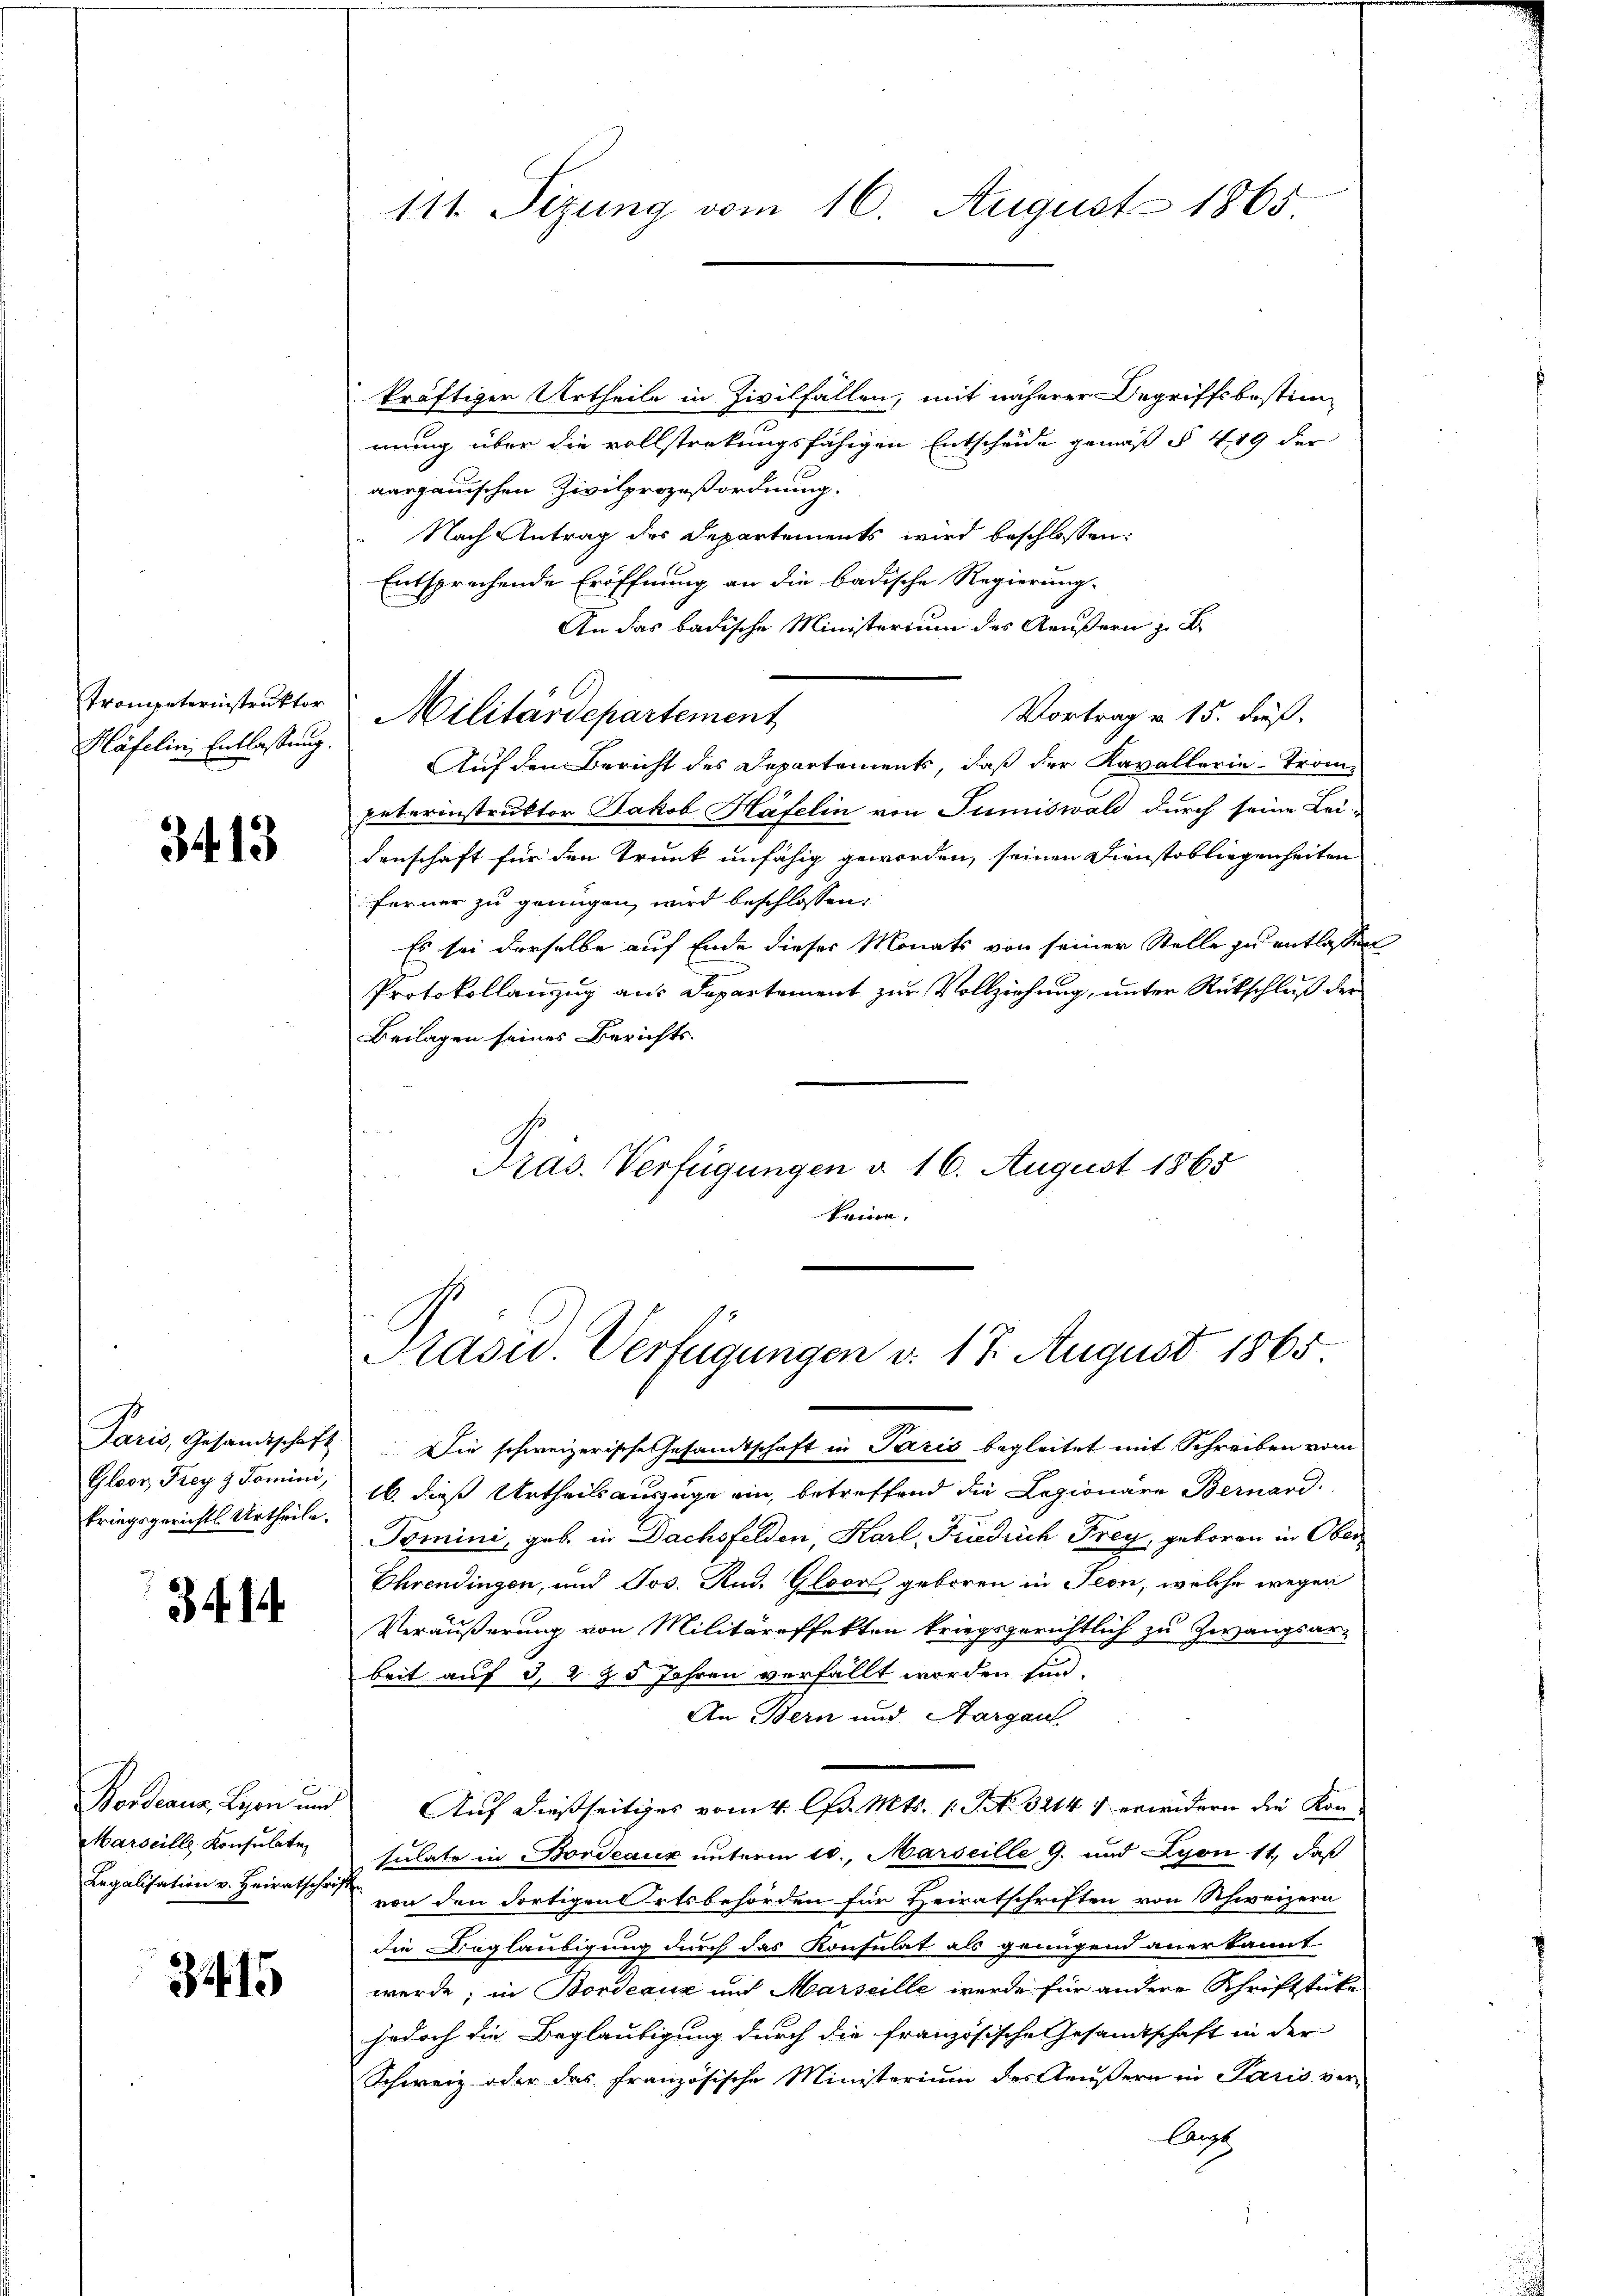
Käfelins Entlassung.

3413

kriegsgerichts Urtheile.

3414.

Marseille Konsulate

3415

kräftiger Urtheile in Zivilfällen, mit näherer Begriffsbestim-
mung über die vollstrekungsfähigen Entscheide gemäß § 449 der
aargauischen Zivilprozeßordnung.
Nach Antrag des Departements wird beschlossen:
Entsprechende Eröffnung an die badische Regierung-
An das badische Ministerium des Aeußern z. B.
Vortrag u. 15. dieß.
Auf den Bericht des Departements, daß der Kavallerie-Trom-
paterinstruktor Jakob Häfelin von Tumiswald durch seine Lei-
denschaft für den Trunk unfähig geworden, seinen Dienstobliegenheiten
ferner zu genügen wird beschlossen:
Es sei derselbe auf Ende dieses Monats von seiner Stelle zu entlassen
Protokollanzug aus Departement zur Vollziehung, unter Rückschluß der
Beilagen seines Berichts-
Präs. Verfügungen d. 16. August 1865
keine.

111. Sezung vom 16. August 1865

Trompeterinstruktor: Militärdepartement

Rasw. Verfügungen v. 17. August 1865

Paris, Gesandtschaft: Die schweizerische Gesandtschaft in Paris begleitet mit Schreiben vom
Gloor Freyzdomini 16. dieß Urtheilsauszuge ein, betreffend die Legionäre Bernard
Tomini, geb. in Dachsfelden, Karl, Friedrich Frey, geboren in Ober
Ehrendingen, und Jos. Rud. Gloor geboren in Seon, welche wegen
Veräußerung von Militäreffekten kriegsgerichtlich zu Zwangsar-
beit auf d. d. 25 Jahren verfällt worden sind.
An Bern und Margau
Bordeaux, Lyon und Auf dießseitiges vom 4. Chr. Mts. 1. P. Nr. 32141 erwidern die Konsulate in Bordeaux unterm 10. Marseille G. und Lyon 11, daß
Legalisation v. Heiratschrift von den dortigen Ortsbehörden für Heiratschriften von Schweizern
die Beglaubigung durch das Konsulat als genügend anerkannt
werde; in Bordeaux und Marseille werde für andere Schriftstücke
jedoch die Beglaubigung durch die französische Gesandtschaft in der
Schweiz oder das französische Ministerium des Aeußern in Paris verlangt